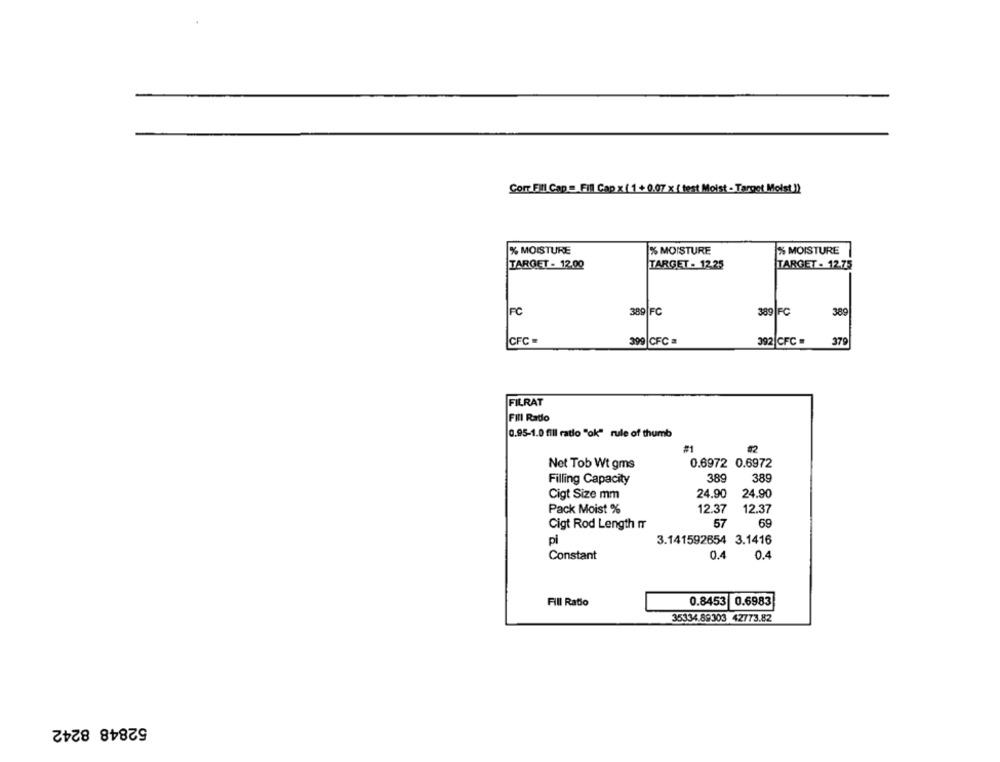
Corr Fill Cap = Fil Cap x ( 1 +0.07 x ( test Moist - Target Moist !)
% MOISTURE
% MOISTURE
% MOISTURE
TARGET - 12.00
TARGET - 12.25
TARGET - 12.75
FC
389|FC
389 |FC
389
CFC
399 CFC =
392 CFC =
379
FILRAT
Fill Rado
0.95-1.0 fill ratio "ok" rule of thumb
Not Tob Wt gms
0.6972 0.6972
Filling Capacity
389
389
Cigt Size mm
24.90
24.90
Pack Moist %
12.37
12.37
Cigt Rod Length IT
57
69
pi
3.141592654 3.1416
Constant
0.4
0.4
Fill Ratio
0.8453
0.6983
35334.89303 42773.82
52848 8242